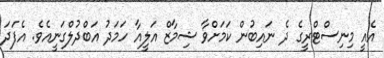
އެއީ މިނިސްޓްރީގެ ދެ ނައިބުން ކަމަށްވާ ޝިމާޒް އަލީއާ ހަމަދު އަބްދުލްގަނީއެވެ. އެފަދަ